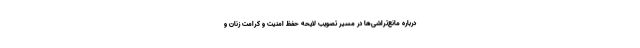
درباره مانع‌تراشی‌ها در مسیر تصویب لایحه حفظ امنیت و کرامت زنان و